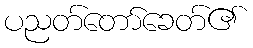
ပညတ်တော်ခေတ်၏